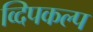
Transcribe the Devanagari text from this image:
व्दिपकल्प